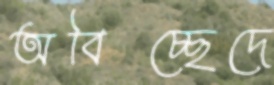
অবিচ্ছেদে